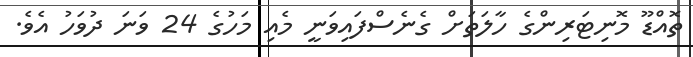
ތޮއްޑޫ މޮނިޓަރިންގެ ހާލަތަށް ގެނެސްފައިވަނީ މެއި މަހުގެ 24 ވަަނަ ދުވަހު އެވެ.